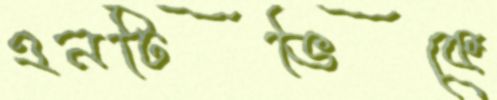
এনটিভিকে